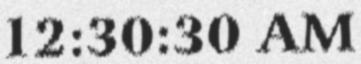
12:30:30 AM